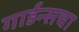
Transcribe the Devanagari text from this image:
गार्डन्सचा